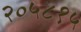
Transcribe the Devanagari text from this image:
२०५८१५